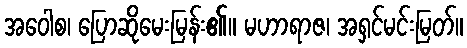
အဝေါစ၊ ပြောဆိုမေးမြန်း၏။ မဟာရာဇ၊ အရှင်မင်းမြတ်။